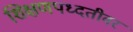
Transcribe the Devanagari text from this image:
शिक्षणपध्दतीवर